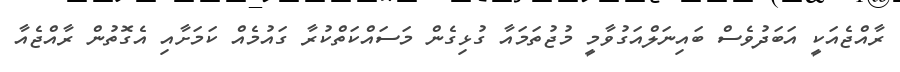
ރާއްޖެއަކީ އަބަދުވެސް ބައިނަލްއަގުވާމީ މުޖުތަމައާ ގުޅިގެން މަސައްކަތްކުރާ ގައުމެއް ކަމަށާއި އެގޮތުން ރާއްޖެއާ